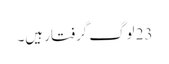
23 لوگ گرفتار ہیں۔